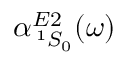
\alpha _ { \, ^ { 1 } S _ { 0 } } ^ { E 2 } ( \omega )